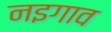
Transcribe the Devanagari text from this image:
नइगाव